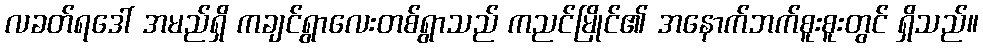
လခတ်ရဒေါ် အမည်ရှိ ကချင်ရွာလေးတစ်ရွာသည် ကညင်မြိုင်၏ အနောက်ဘက်စူးစူးတွင် ရှိသည်။